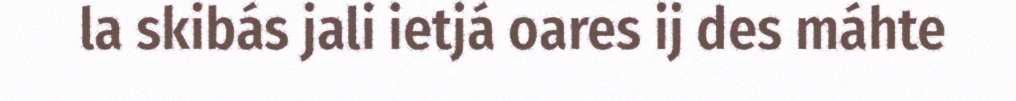
la skibás jali ietjá oares ij des máhte